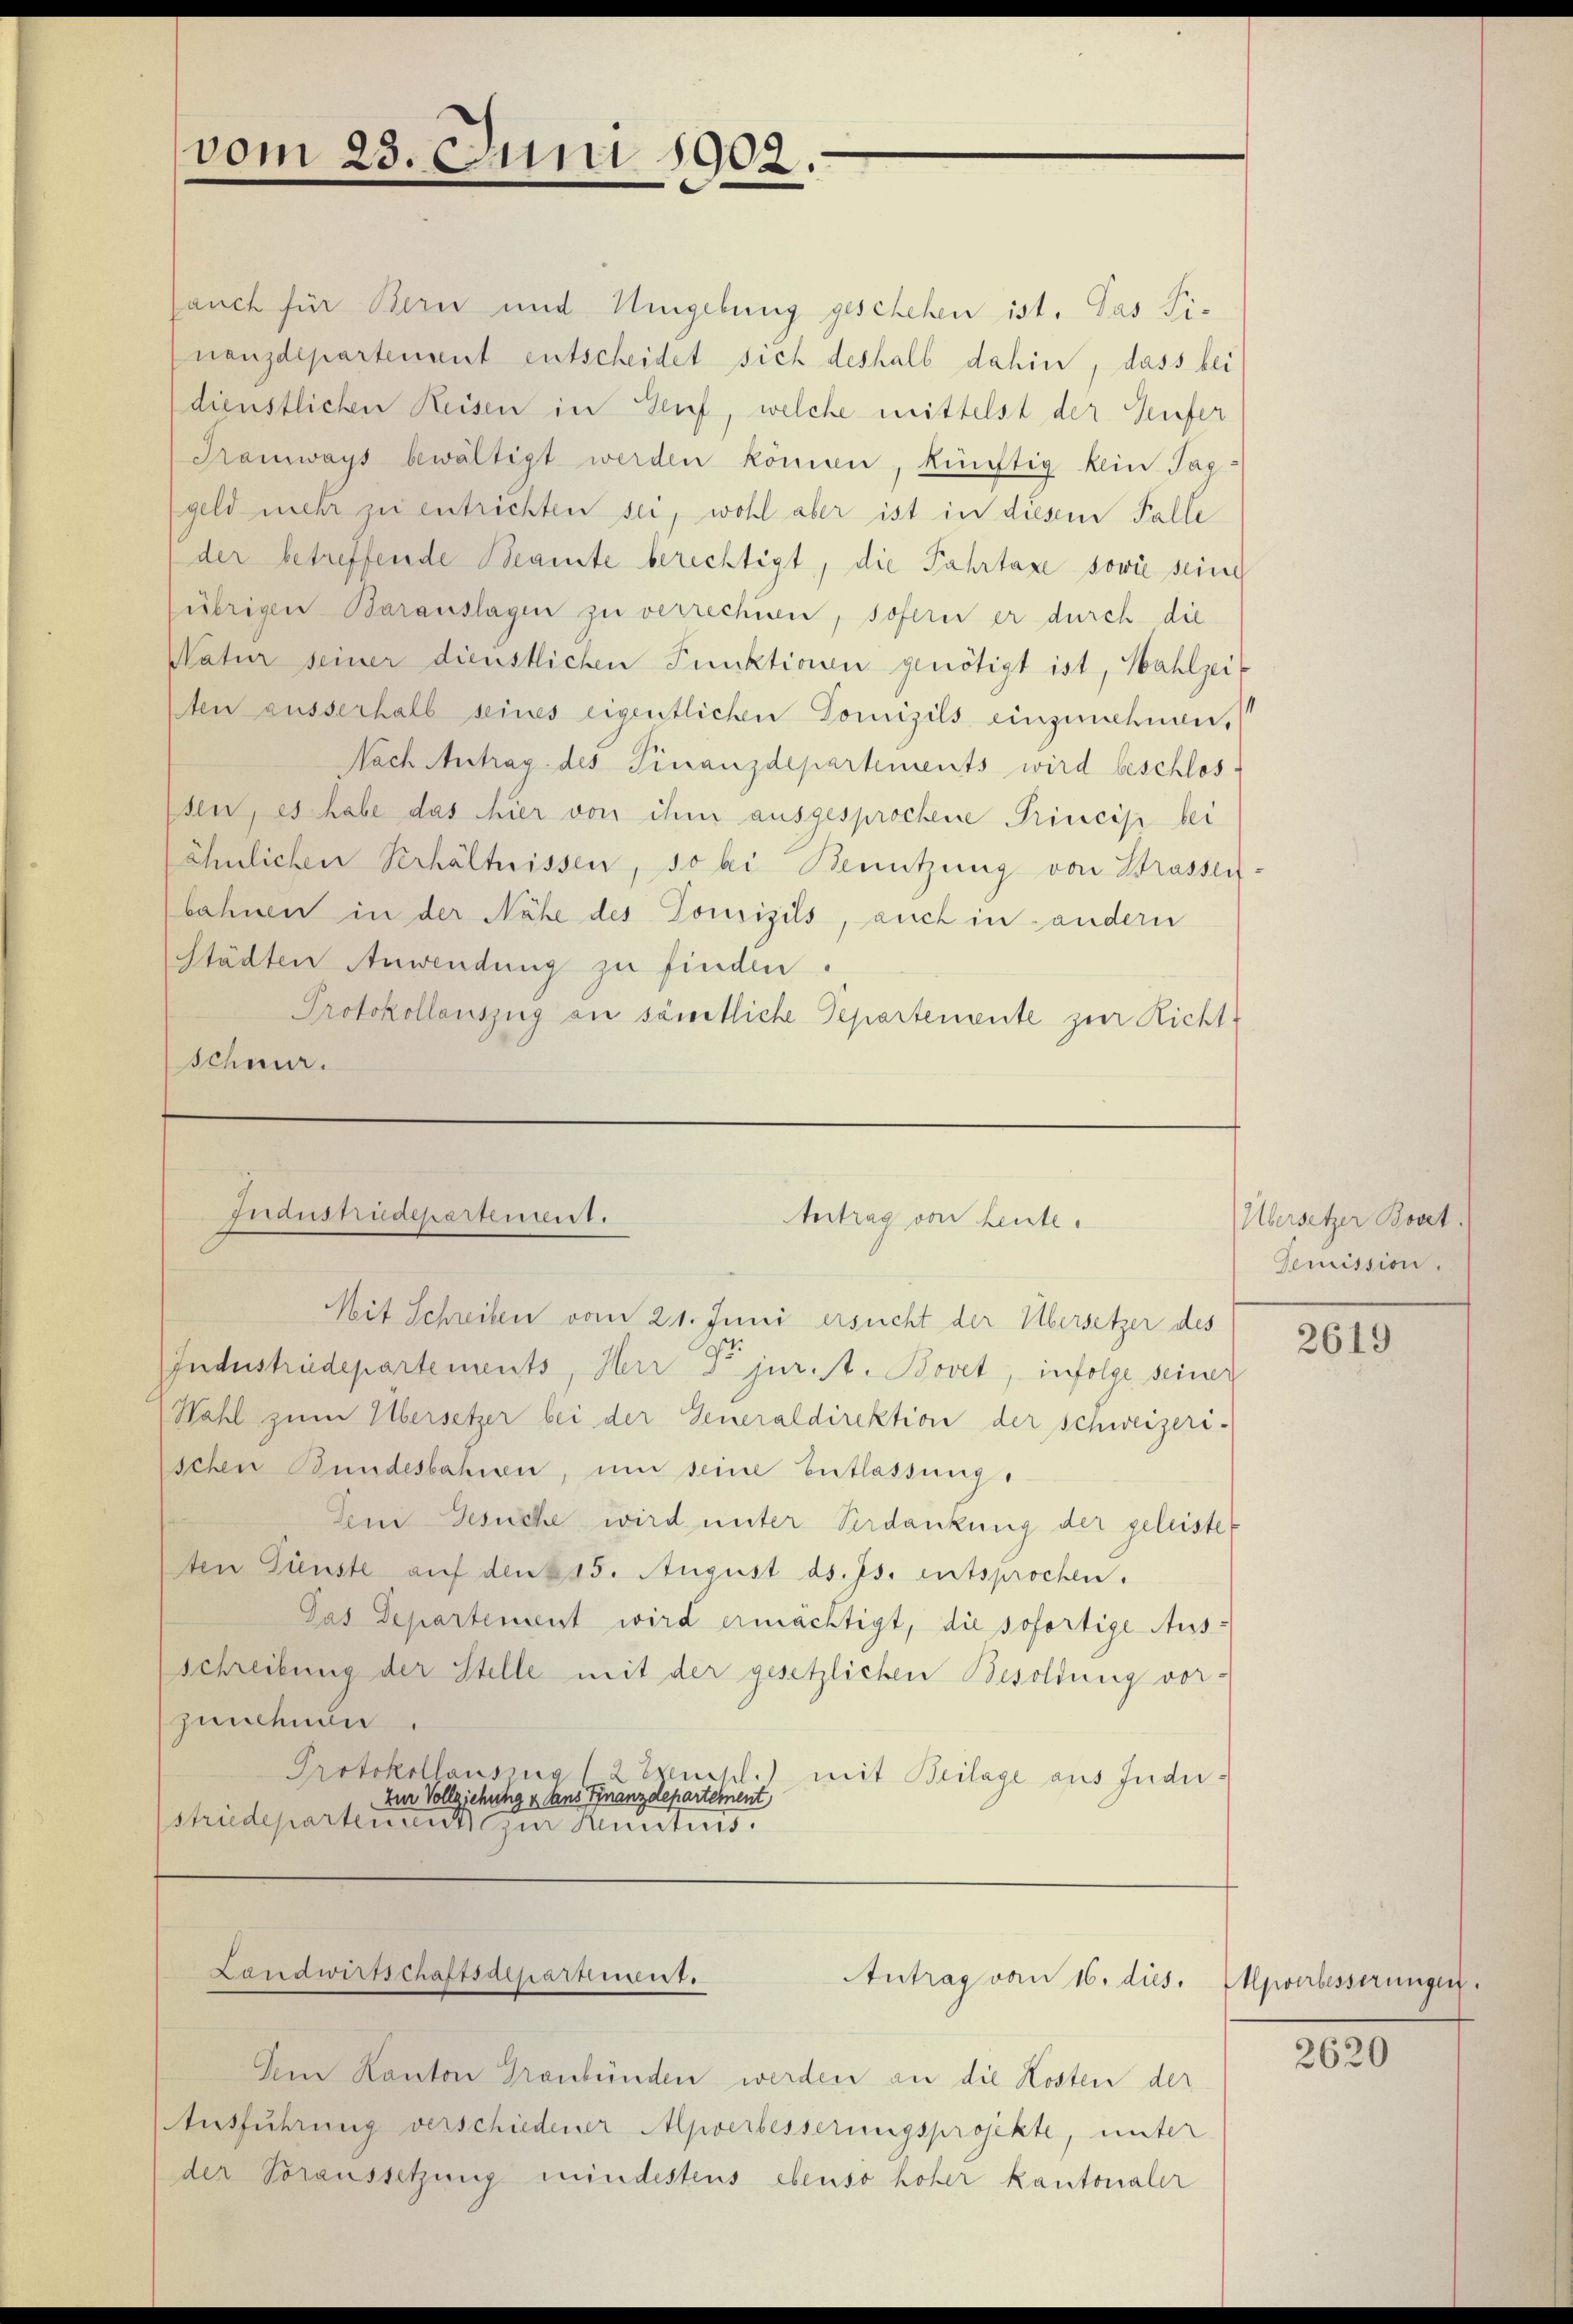
vom

Indusnüdepartement.

23. Juni 1902.

Jauch für Bern und Umgebung geschehen ist. Das Finanzdepartement entscheidet sich deshalb dahin, dass bei
dienstlichen Reisen in Genf, welche mittelst der Teufer
Tramways bewältigt werden können, künftig kein Taggeld mehr zu entrichten sei, wohl aber ist in diesem Falle
der betreffende Beamte berechtigt, die Fahrtaxe sowie seine
übrigen Barauslagen zu verrechnen, sofern er durch die
Natur seiner dienstlichen Punktionen genötigt ist, Wahlzeit
ten ausserhalb seines eigentlichen Domizils einzunehmen,
Nach Antrag des Finanzdepartements wird beschlos
sen, es habe das hier von ihm ausgesprochene Princip bei
ähnlichen Verhältnissen, so bei Benutzung von Strassen.
bahnen in der Nähe des Tomizils, auch in andern
Städten Anwendung zu finden.
Protokollauszug an sämtliche Pepartemente zur Richt
Schneer.

Mit Schreiben vom 21. Juni ersucht der Übersetzer des
Industriedepartements, Herr Dr jurist. Bovet, infolge seiner
Wahl zum Übersetzer bei der Generaldirektion der Schweizeri-
schen Bundesbahnen, um seine Entlassung,
Dem Gesuche wird unter Verdankung der geleistet
ten Fünste auf den 215. August ds. Js. entsprochen.
Das Departement wird ermächtigt, die sofortige Ausschreibung der Stelle mit der gesetzlichen Besoldung vorpunction.
Protokollausung (2 Ekeuchl.
mit Beilage aus Indizur Vollziehung & Aus Finanzdepartement
striedepartenant zur Kunsters.

Landwirtschaftsaepartient.

Antrag von heute.

Dem Kanton Graubünden werden an die Kosten der
Ausführung verschiedener Apverbesserungsprojekte, unter
der Voraussetzung mindestens ebenso hoher kantonaler

Antrag vom 16. dies.

Übersetzer Bovet.
Gemission.

2619

Upverbesserungen

2620